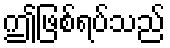
ဤဖြစ်ရပ်သည်